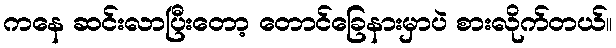
ကနေ ဆင်းလာပြီးတော့ တောင်ခြေနားမှာပဲ စားလိုက်တယ်။